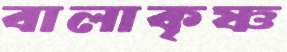
বালাকৃষ্ণ